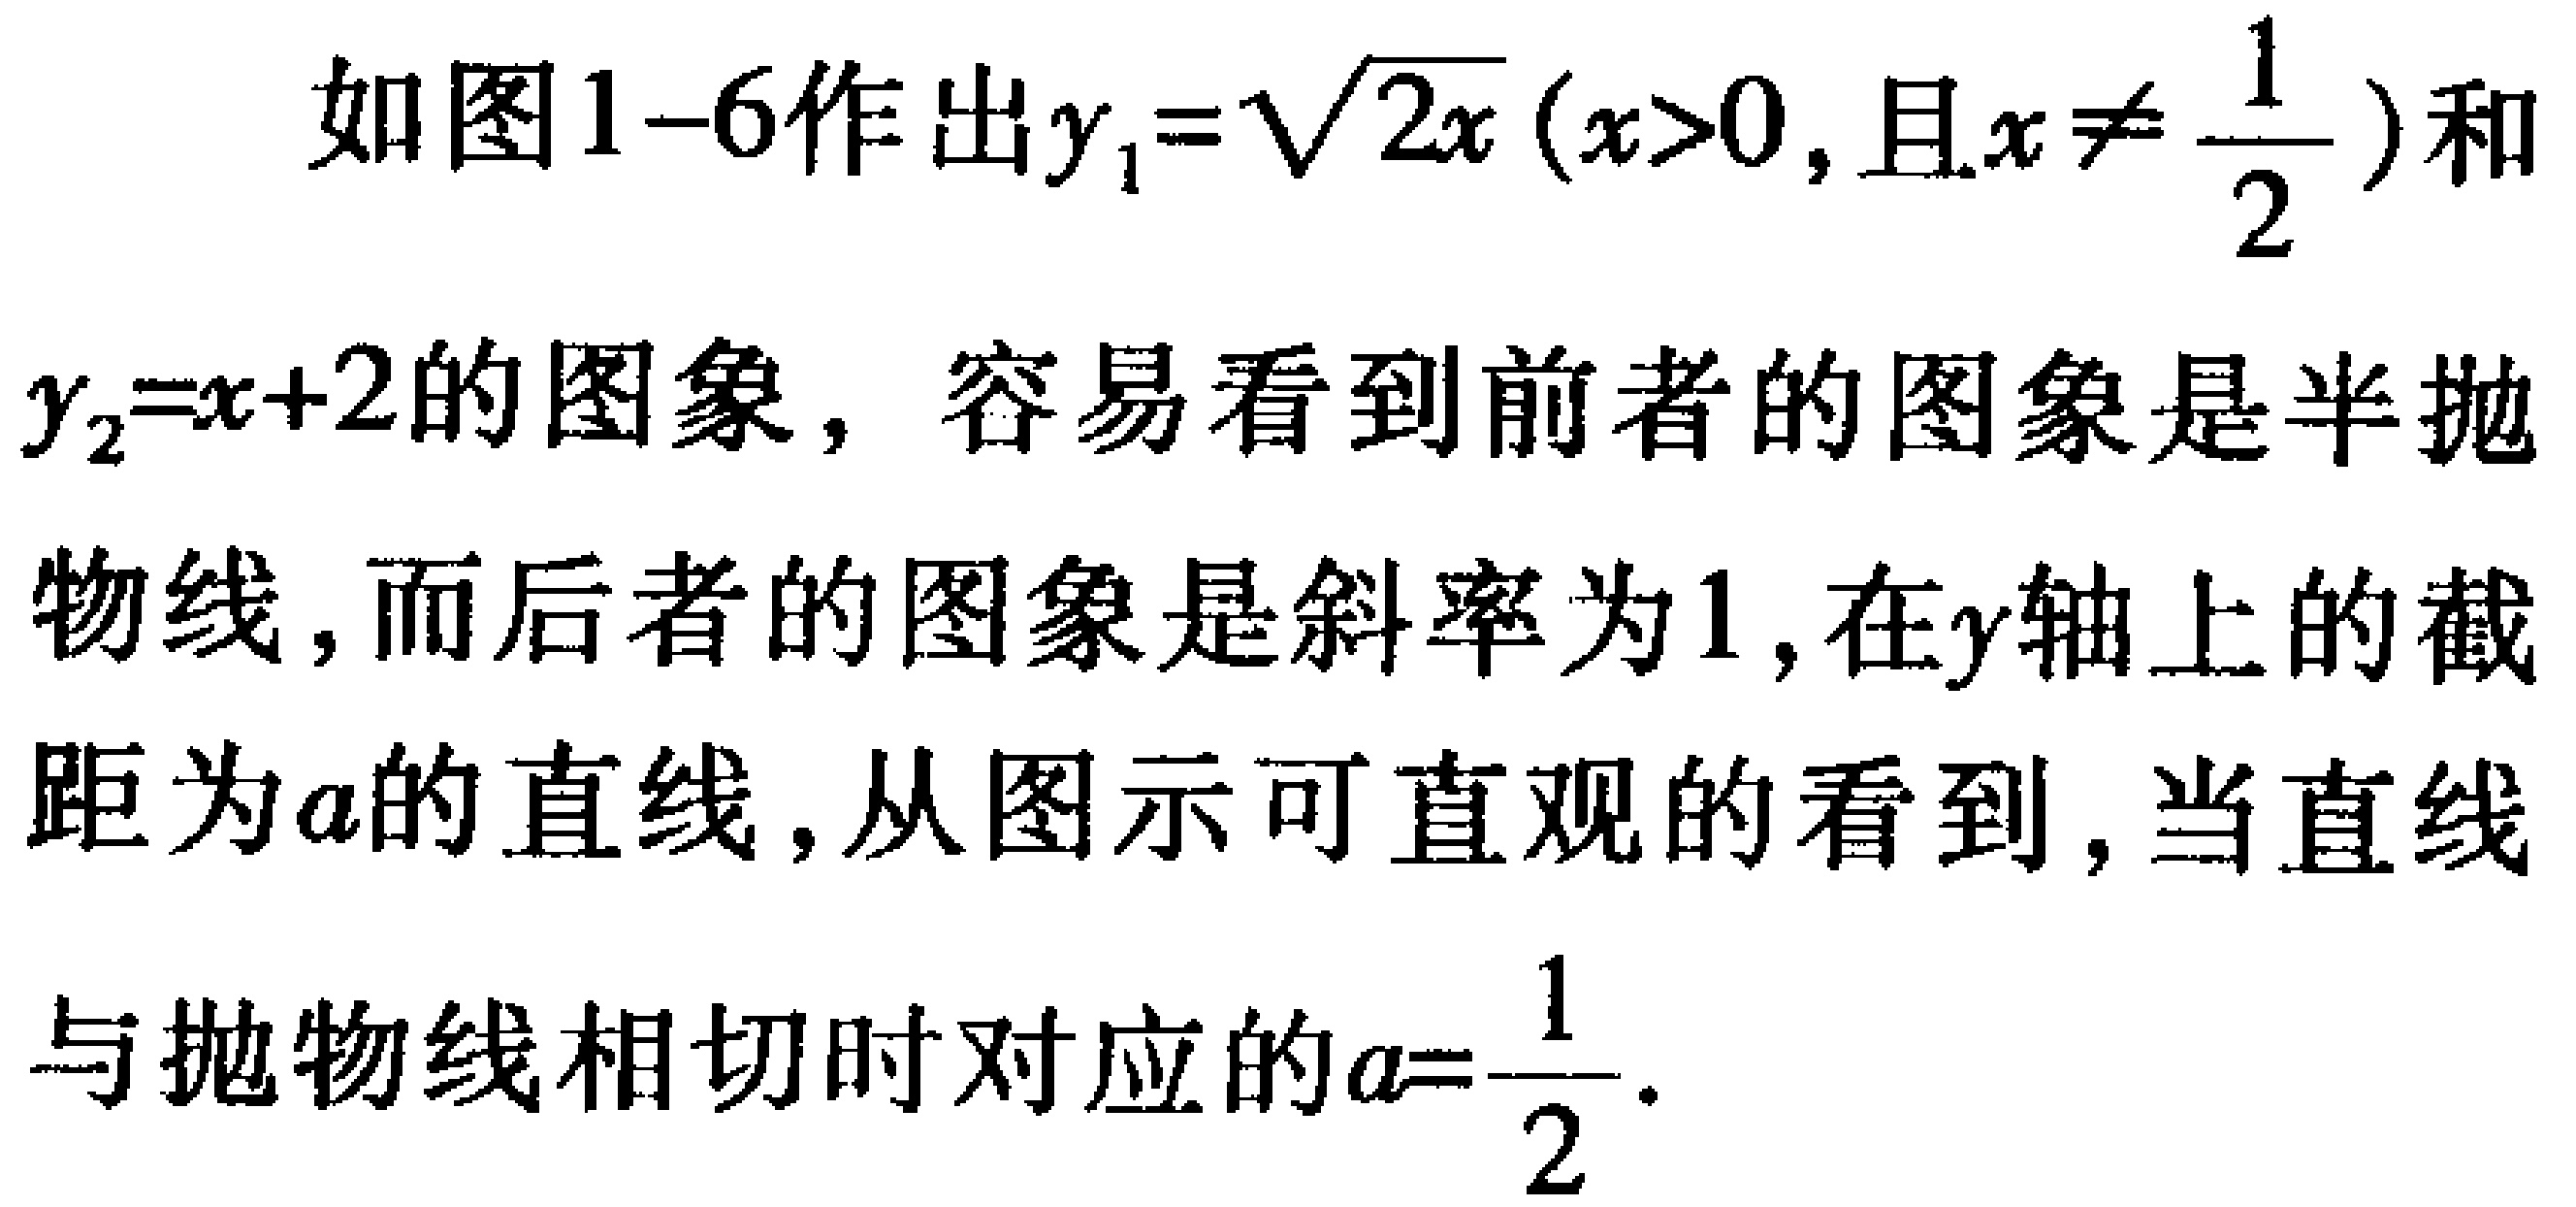
如图1-6作出\(y_{1}=\sqrt{2x}(x>0,\text{且}x\neq \frac{1}{2})\)和\(y_{2}=x + 2\)的图象，容易看到前者的图象是半抛物线，而后者的图象是斜率为\(1\)，在\(y\)轴上的截距为\(a\)的直线，从图示可直观的看到，当直线与抛物线相切时对应的\(a=\frac{1}{2}\)。